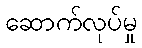
ဆောက်လုပ်မှု